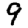
Digit: 9